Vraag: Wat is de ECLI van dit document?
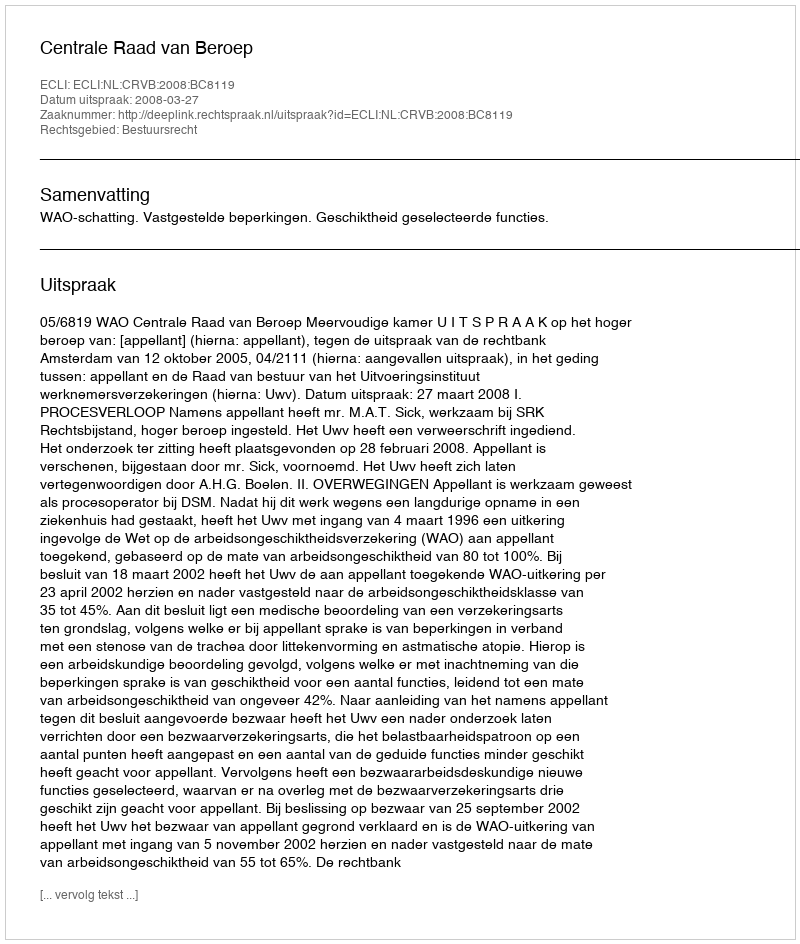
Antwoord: ECLI:NL:CRVB:2008:BC8119